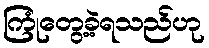
ကြုံတွေ့ခဲ့ရသည်ဟု